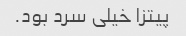
پیتزا خیلی سرد بود.